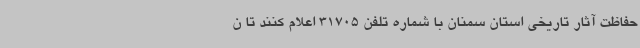
حفاظت آثار تاریخی استان سمنان با شماره تلفن 31705 اعلام کنند تا ن